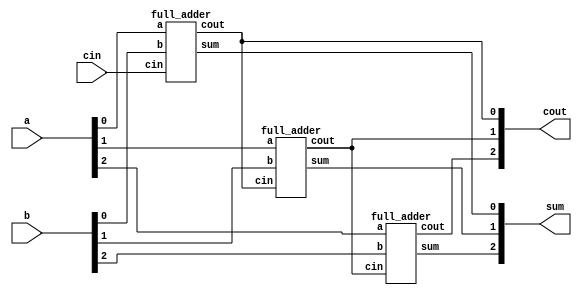
module top_module( 
    input [2:0] a, b,
    input cin,
    output [2:0] cout,
    output [2:0] sum );

    full_adder adder1(a[0],b[0],cin,cout[0],sum[0]);
    full_adder adder2(a[1],b[1],cout[0],cout[1],sum[1]);
    full_adder adder3(a[2],b[2],cout[1],cout[2],sum[2]);
    
endmodule

//submodule
module full_adder(
    input a, b, cin,
    output cout, sum );

    assign {cout,sum} = a + b + cin;
    
endmodule